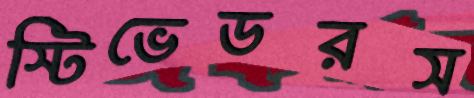
স্টিভেডরস